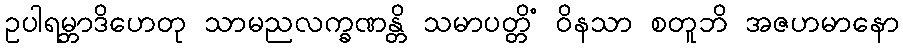
ဥပါရမ္ဘာဒိဟေတု သာမညလက္ခဏန္တိ သမာပတ္တိံ ဝိနသာ စတူဘိ အဇဟမာနော